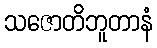
သဇောတိဘူတာနံ